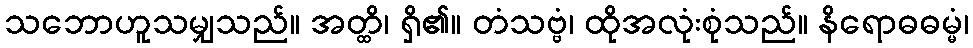
သဘောဟူသမျှသည်။ အတ္ထိ၊ ရှိ၏။ တံသဗ္ဗံ၊ ထိုအလုံးစုံသည်။ နိရောဓဓမ္မံ၊